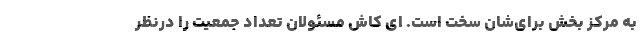
به مرکز بخش برای‌شان سخت است. ای کاش مسئولان تعداد جمعیت را درنظر